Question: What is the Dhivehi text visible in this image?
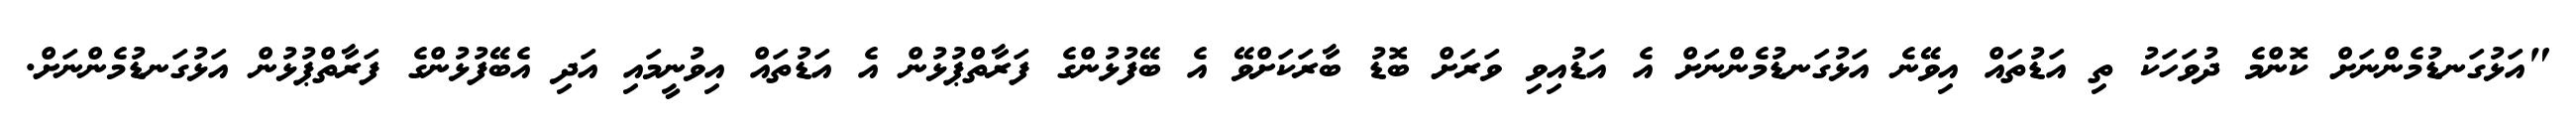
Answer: "އަޅުގަނޑުމެންނަށް ކޮންމެ ދުވަހަކު ތި އަޑުތައް އިވޭނެ އަޅުގަނޑުމެންނަށް އެ އަޑުއިވި ވަރަށް ބޮޑު ބާރަކަށްވޭ އެ ބޭފުޅުންގެ ފަރާތްޕުޅުން އެ އަޑުތައް އިވުނީމައި އަދި އެބޭފުޅުންގެ ފަރާތްޕުޅުން އަޅުގަނޑުމެންނަށް.